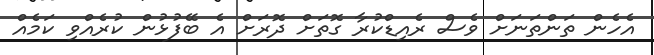
އެހެން ތަންތަނަށް ވެސް ރެއިޑްކުރާ ގޮތަށް ދޮރަށް އެ ބޭފުޅުން ކުރެއްވި ކަމެއް